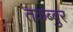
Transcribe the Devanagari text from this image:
तकब्बुर